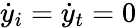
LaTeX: \dot{y}_{i}=\dot{y}_{t}=0